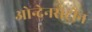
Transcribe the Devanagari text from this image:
ओन्देनसेट्रोन